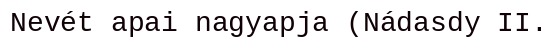
Nevét apai nagyapja (Nádasdy II.